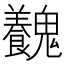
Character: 𩴽